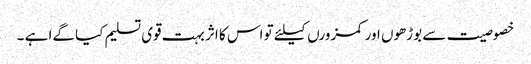
خصوصیت سے بوڑھوں اور کمزورں کیلئے تو اس کا اثر بہت قوی تسلیم کیا گےا ہے ۔